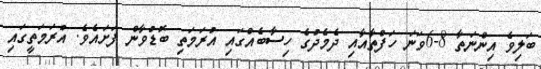
ބަލިވެ އިންނަތާ 8-6ވަނަ ހަފްތާއާއި ދެމެދުގެ ހިސާބެއްގައި އުރަމަތި ބޮޑުވާން ފަށައެވެ. އުރަމަތީގައި